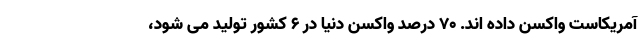
آمریکاست واکسن داده اند. ۷۰ درصد واکسن دنیا در ۶ کشور تولید می شود،